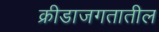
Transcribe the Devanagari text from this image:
क्रीडाजगतातील